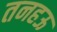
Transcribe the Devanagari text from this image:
तनहऊ